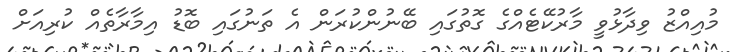
މުއިއްޒު ވިދާޅުވީ މާރުކޭޓެއްގެ ގޮތުގައި ބޭނުންކުރަން އެ ތަނުގައި ބޮޑު އިމާރާތެއް ކުރިއަށް